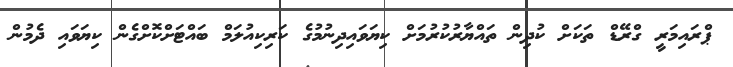
ޕްރައިމަރީ ގްރޭޑް ތަކަށް ކުދިން ތައްޔާރުކުރުމަށް ކިޔަވައިދިނުމުގެ ކަރިކިއުލަމް ބައްޓަށްކޮށްގެން ކިޔަވައި ދެމުން